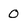
Character: 0